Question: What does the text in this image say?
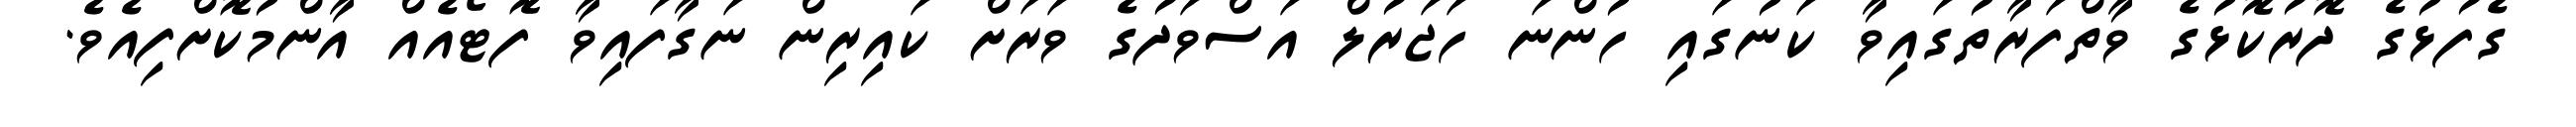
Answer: ގެފުޅުގެ ދޮރުކޮޅުގެ ވާތްފަރާތުގައިވާ ކަނުގައި ހުންނަ ހަޖަރުލް އަސްވަދުގެ ވަރަށް ކައިރިން ނަގާފައިވާ ފޮޓޯއެއް އާންމުކޮށްފިއެވެ.